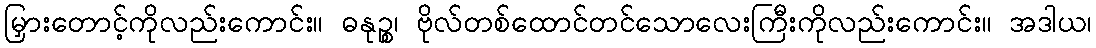
မြှားတောင့်ကိုလည်းကောင်း။ ဓနုဉ္စ၊ ဗိုလ်တစ်ထောင်တင်သောလေးကြီးကိုလည်းကောင်း။ အဒါယ၊